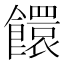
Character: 𩟁